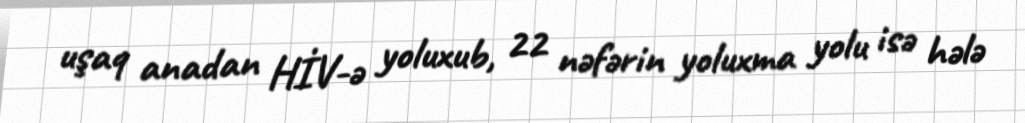
uşaq anadan HİV-ə yoluxub, 22 nəfərin yoluxma yolu isə hələ